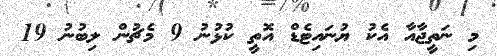
މި ނަތީޖާއާ އެކު ޔުނައިޓެޑް އޮތީ ކުޅުނު 9 މެޗުން ލިބުނު 19